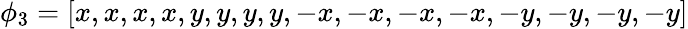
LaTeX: \phi_{3}=[x,x,x,x,y,y,y,y,-x,-x,-x,-x,-y,-y,-y,-y]